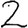
Digit: 2